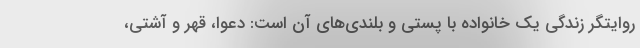
روایتگر زندگی یک خانواده با پستی و بلندی‌های آن است: دعوا، قهر و آشتی،